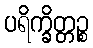
ပရိက္ခိတ္တဉ္စ